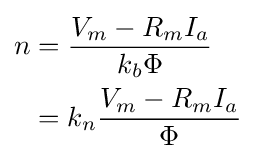
{\begin{aligned}n&={\frac {V_{m}-R_{m}I_{a}}{k_{b}\Phi }}\\&=k_{n}{\frac {V_{m}-R_{m}I_{a}}{\Phi }}\end{aligned}}